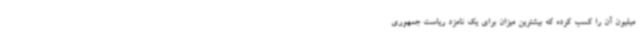
میلیون آن را کسب کرده که بیشترین میزان برای یک نامزد ریاست جمهوری